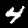
Digit: 4